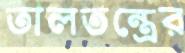
তালতন্ত্রের